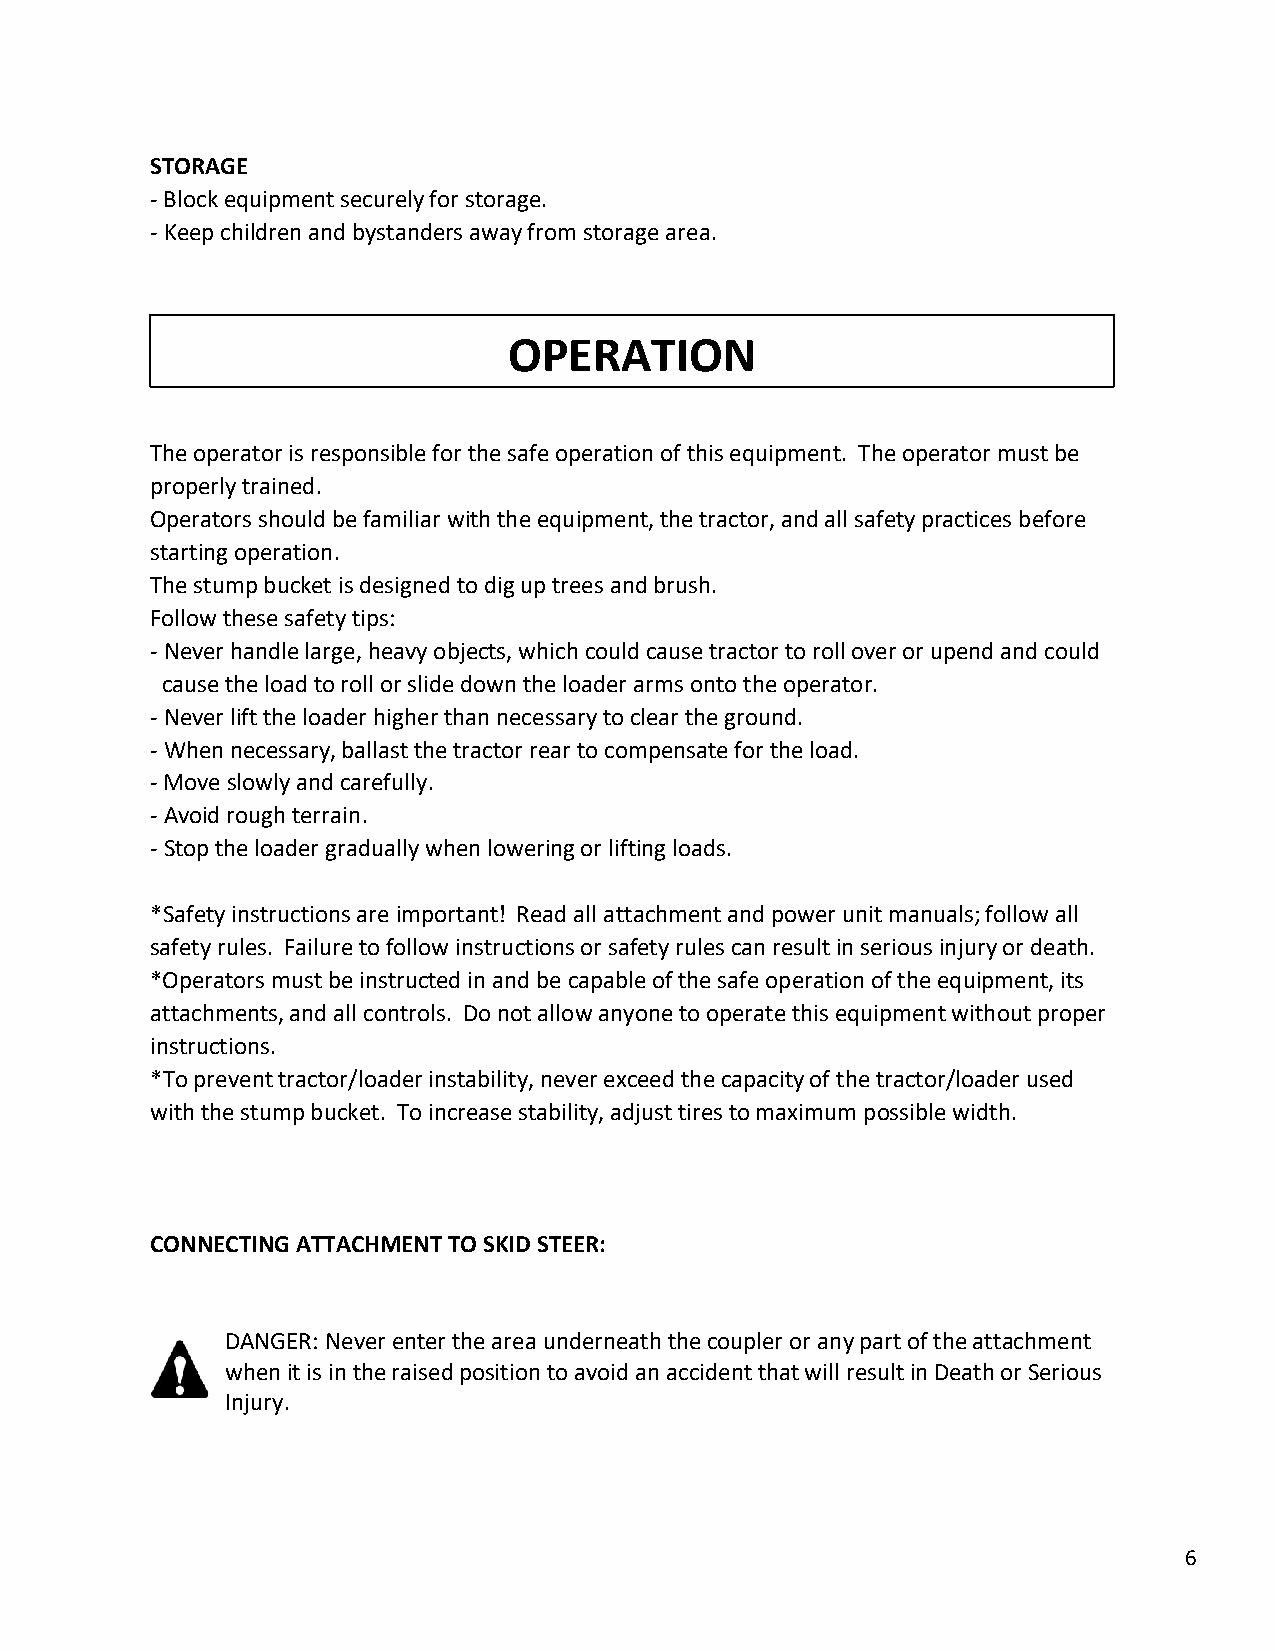
STORAGE
 - Block equipment securely for storage.
 - Keep children and bystanders away from storage area.
 OPERATION
 The operator is responsible for the safe operation of this equipment. The operator must be
 properly trained.
 Operators should be familiar with the equipment, the tractor, and all safety practices before
 starting operation.
 The stump bucket is designed to dig up trees and brush.
 Follow these safety tips:
 - Never handle large, heavy objects, which could cause tractor to roll over or upend and could
 cause the load to roll or slide down the loader arms onto the operator.
 - Never lift the loader higher than necessary to clear the ground.
 - When necessary, ballast the tractor rear to compensate for the load.
 - Move slowly and carefully.
 - Avoid rough terrain.
 - Stop the loader gradually when lowering or lifting loads.
 *Safety instructions are important! Read all attachment and power unit manuals; follow all
 safety rules. Failure to follow instructions or safety rules can result in serious injury or death.
 *Operators must be instructed in and be capable of the safe operation of the equipment, its
 attachments, and all controls. Do not allow anyone to operate this equipment without proper
 instructions.
 *To prevent tractor/loader instability, never exceed the capacity of the tractor/loader used
 with the stump bucket. To increase stability, adjust tires to maximum possible width.
 CONNECTING ATTACHMENT TO SKID STEER:
 DANGER: Never enter the area underneath the coupler or any part of the attachment
 when it is in the raised position to avoid an accident that will result in Death or Serious
 Injury.
 6